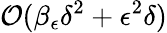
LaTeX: \mathcal{O}(\beta_{\epsilon}\delta^{2}+\epsilon^{2}\delta)